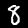
Digit: 8